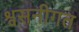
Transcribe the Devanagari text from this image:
श्वसनीगत